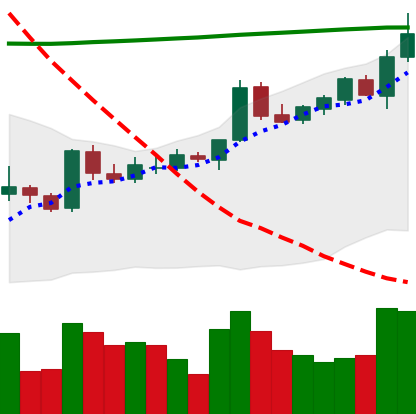
Ticker: BTC-USD
Chart end date: 2015-10-14
Forward return: 4.543%
Label: up_3_5